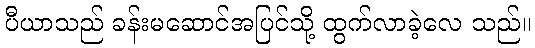
ပီယာသည် ခန်းမဆောင်အပြင်သို့ ထွက်လာခဲ့လေ သည်။